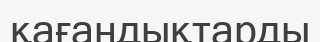
қағандықтарды